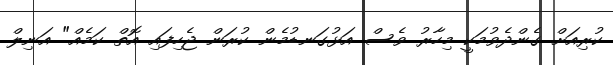
ކުރިއަށް ގެންދެވުމަކީ މިހާރު ވެސް އަޅުގަނޑުމެން ކުރަން ޖެހިފައި އޮތް ކަމެއް" އަނިލް